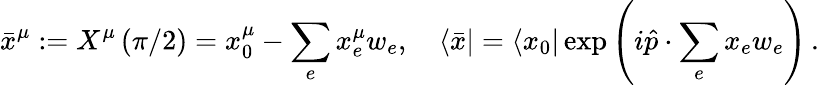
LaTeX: \bar{x}^{\mu}:=X^{\mu}\left(\pi/2\right)=x_{0}^{\mu}-\sum_{e}x_{e}^{\mu}w_{e},\quad\langle\bar{x}|=\langle x_{0}|\exp\left(i\hat{p}\cdot\sum_{e}x_{e}w_{e}\right)\, .